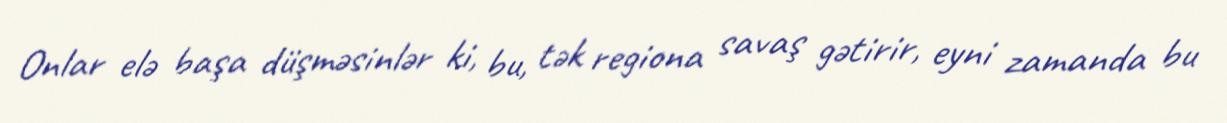
Onlar elə başa düşməsinlər ki, bu, tək regiona savaş gətirir, eyni zamanda bu